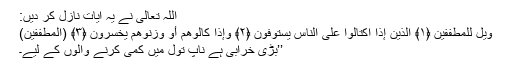
اللہ تعالیٰ نے یہ آیات نازل کر دیں:
وَيْلٌ لِّلْمُطَفِّفِينَ ﴿١﴾ الَّذِينَ إِذَا اكْتَالُوا عَلَى النَّاسِ يَسْتَوْفُونَ ﴿٢﴾ وَإِذَا كَالُوهُمْ أَو وَّزَنُوهُمْ يُخْسِرُونَ ﴿٣﴾ (المطففین)
’’بڑی خرابی ہے ناپ تول میں کمی کرنے والوں کے لیے۔